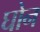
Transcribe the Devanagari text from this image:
घोन